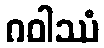
ဂဝါဿံ